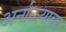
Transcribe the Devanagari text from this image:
अर्नाळ्यावर